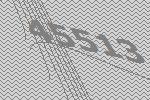
45513